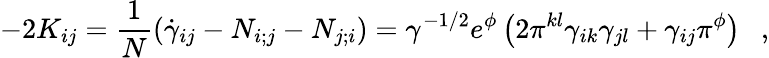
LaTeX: -2K_{ij}=\frac{1}{N}\left(\dot{\gamma}_{ij}-N_{i;j}-N_{j;i}\right)=\gamma^{-1/2}e^{\phi}\left(2\pi^{kl}\gamma_{ik}\gamma_{jl}+\gamma_{ij}\pi^{\phi}\right)~~~,